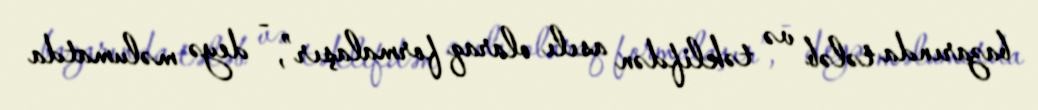
bazarında tələb və təklifdən asılı olaraq formalaşır”, - deyə məlumatda